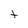
Character: t